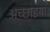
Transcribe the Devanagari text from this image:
अच्छाइयां